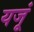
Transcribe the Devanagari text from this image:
यजूं